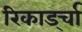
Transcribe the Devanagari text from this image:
रिकार्ड्चा